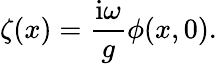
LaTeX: \zeta(x)=\frac{\mathrm{i}\omega}{g}\phi(x,0).